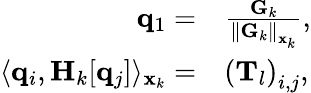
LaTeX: \begin{array}{rl}{\mathbf{q}_{1}=}&{\frac{\mathbf{G}_{k}}{\left\| \mathbf{G}_{k}\right\| _{\mathbf{x}_{k}}},}\\ {\langle\mathbf{q}_{i},\mathbf{H}_{k}[\mathbf{q}_{j}]\rangle_{\mathbf{x}_{k}}=}&{\left(\mathbf{T}_{l}\right)_{i,j},}\end{array}